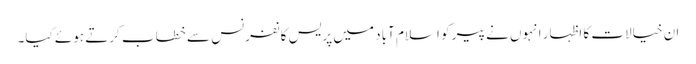
ان خیالات کا اظہار انہوں نے پیر کو اسلام آباد میں پریس کانفرنس سے خطاب کرتے ہوئے کیا۔